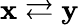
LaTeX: \mathbf x\rightleftarrows\mathbf y